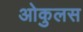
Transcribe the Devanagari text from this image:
ओकुलस